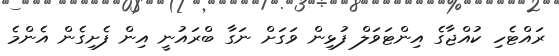
ރައްޓެހި ކުއްޖާގެ އިންޓަވަލް ފުޅިން ވަގަށް ނަގާ ބްރައުނީ އިން ފެށިގެން އެންމެ